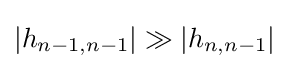
|h_{n-1,n-1}|\gg |h_{n,n-1}|